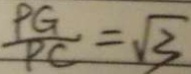
\frac { P G } { P C } = \sqrt { 3 }